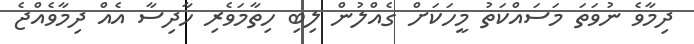
ދިމާވެ ނުވަތަ މަސައްކަތު މީހަކަށް ގެއްލުން ލިބި ހިތާމަވެރި ހާދިސާ އެއް ދިމާވެއްޖެ